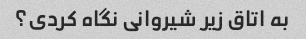
به اتاق زیر شیروانی نگاه کردی؟